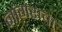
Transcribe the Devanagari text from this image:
नांगराचा